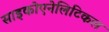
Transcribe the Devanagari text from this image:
साइकोएनेलिटिकल